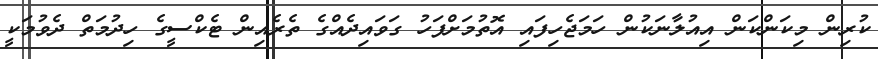
ކުރިން މިކަންކަން އިއުލާނަކުން ހަމަޖެހިފައި އޮތުމަށްފަހު ގަވައިދެއްގެ ތެރެއިން ޓެކްސީގެ ހިދުމަތް ދެވުމަކީ